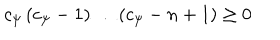
c _ { \psi } \left( c _ { \psi } - 1 \right) \dots \left( c _ { \psi } - n + 1 \right) \geq 0